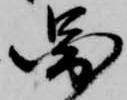
図